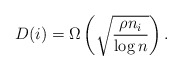
\begin{align*} D(i) = \Omega\left(\sqrt{\frac{\rho n_i}{\log n}}\right). \end{align*}